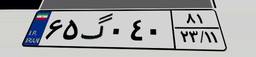
۶۵گ۰۴۰۸۱